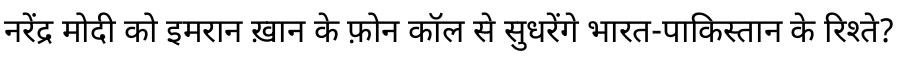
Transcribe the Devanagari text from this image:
नरेंद्र मोदी को इमरान ख़ान के फ़ोन कॉल से सुधरेंगे भारत-पाकिस्तान के रिश्ते?